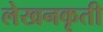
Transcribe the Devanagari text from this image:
लेखनकृती